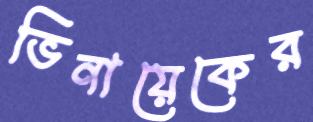
ভিনায়েকের